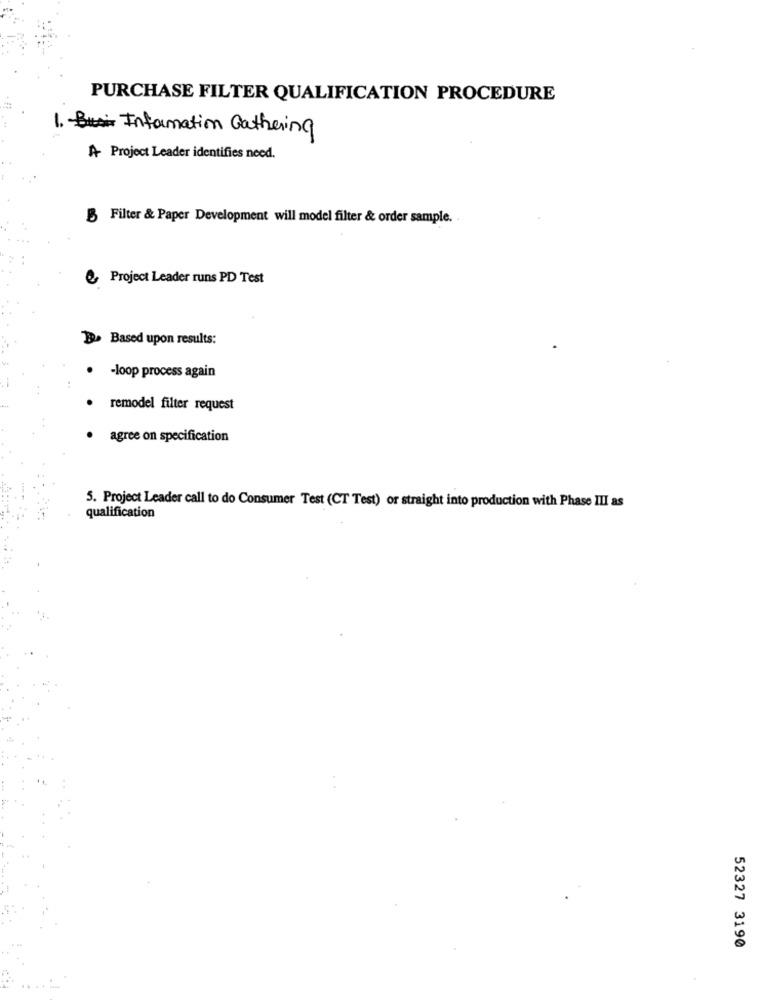
PURCHASE FILTER QUALIFICATION PROCEDURE
1. Information Gathering
A- Project Leader identifies need.
Filter & Paper Development will model filter & order sample.
Project Leader runs PD Test
B. Based upon results:
-loop process again
remodel filter request
· agree on specification
5. Project Leader call to do Consumer Test (CT Test) or straight into production with Phase III as
qualification
52327 3190